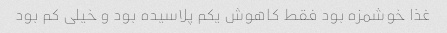
غذا خوشمزه بود فقط کاهوش یکم پلاسیده بود و خیلی کم بود